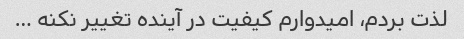
لذت بردم، امیدوارم کیفیت در آینده تغییر نکنه …